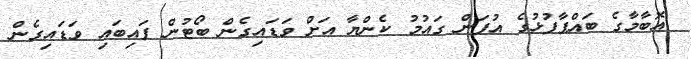
އޮބާމާގެ ބައްޕާފުޅުގެ އުފަން ގައުމު ކެންޔާ އަށް ވަޑައިގެން ބޯޓުން ފައިބައި ވަޑައިގެން